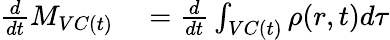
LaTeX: \begin{array}{rl}{\frac{d}{dt}M_{VC(t)}}&{{}=\frac{d}{dt}\int_{VC(t)}\rho(r,t)d\tau}\end{array}